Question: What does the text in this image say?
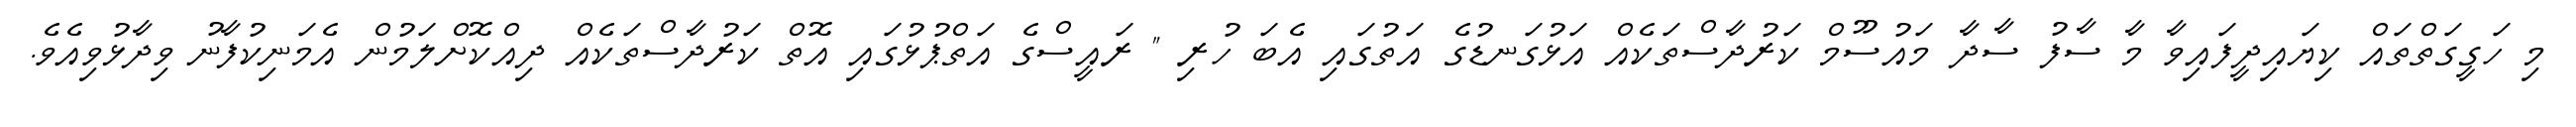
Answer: މި ހަގީގަތްތައް ކިޔައިދީފައިވާ މާ ސާފު ސާދާ މައުސޫމް ކަރުދާސްތަކެއް އަޅުގަނޑުގެ އަތުގައި އެބަ ހުރި " ރައީސްގެ އަތްޕުޅުގައި އޮތް ކަރުދާސްތަކެއް ދިއްކޮށްލަމުން އެމަނިކުފާނު ވިދާޅުވިއެވެ.